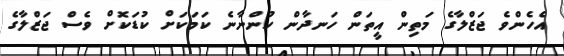
އެހެންވެ ޖަޒްލާގެ މަތިން އީތަން ހަނދާން ހުންނާނެ ކަމަކަށް ކުޑަކޮށް ވެސް ޖަޒްލާގެ